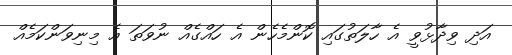
އަދި ވިދާޅުވީ އެ ހާލަތުގައި ކޮންމެހެން އެ ހައްގެއް ނުވަތަ އެ މިނިވަންކަމެއް